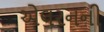
એલરનની